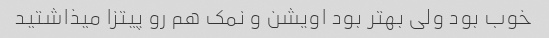
خوب بود ولی بهتر بود اویشن و نمک هم رو پیتزا میذاشتید